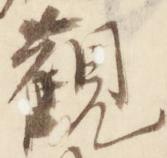
観